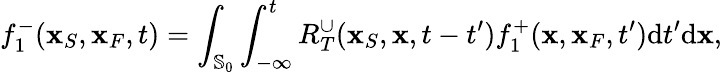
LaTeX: f_{1}^{-}({\mathbf x}_{S},{\mathbf x}_{F},t)=\int_{{\mathbb{S}_{0}}}\int_{-\infty}^{t}R_{T}^{\cup}({\mathbf x}_{S},{\mathbf x},t-t^{\prime})f_{1}^{+}({\mathbf x},{\mathbf x}_{F},t^{\prime})\mathrm{d}t^{\prime}\mathrm{d}{\mathbf x},